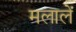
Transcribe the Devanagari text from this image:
मलालें